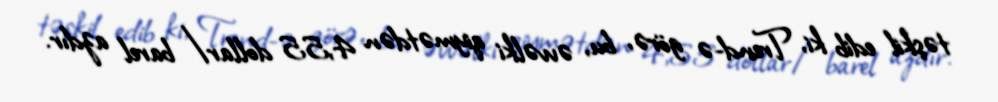
təşkil edib ki, Trend-ə görə, bu, əvvəlki qiymətdən 4,55 dollar/barel azdır.